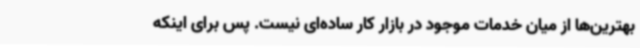
بهترین‌ها از میان خدمات موجود در بازار کار ساده‌ای نیست. پس برای اینکه